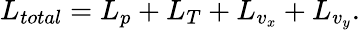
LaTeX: L_{total}=L_{p}+L_{T}+L_{v_{x}}+L_{v_{y}}.